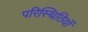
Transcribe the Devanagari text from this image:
परिस्थितियॉं